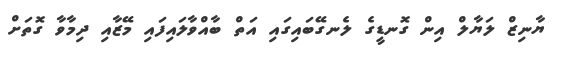
ޔާނިޒް ލަޔާލް އިން ގޮނޑީގެ ލެނގޭބައިގައި އަތް ބާއްވާލައިފައި މޭޒާއި ދިމާވާ ގޮތަށް